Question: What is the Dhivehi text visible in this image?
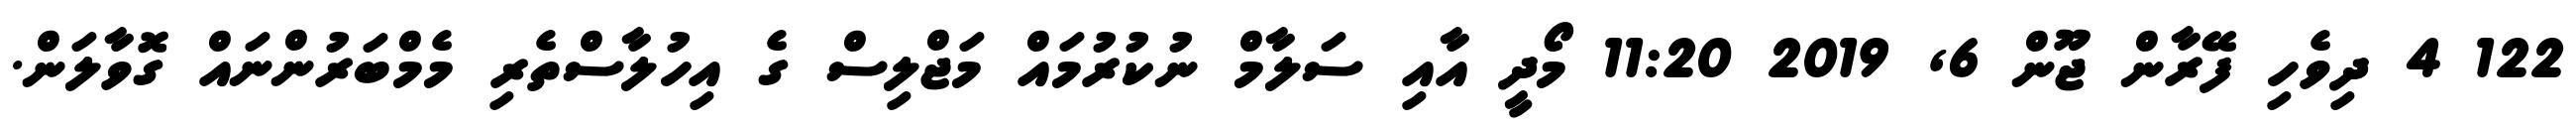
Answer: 122 4 ދިވެހި ފޭރާން ޖޫން 6, 2019 11:20 މޯދީ އާއި ސަލާމް ނުކުރުމައް މަޖްލިސް ގެ އިހުލާސްތެރި މެމްބަރުންނައް ގޮވާލަން.